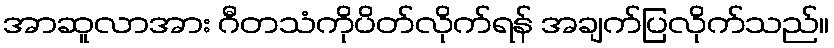
အာဆူလာအား ဂီတသံကိုပိတ်လိုက်ရန် အချက်ပြလိုက်သည်။